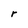
Character: r